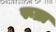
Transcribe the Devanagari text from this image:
रूब्रा